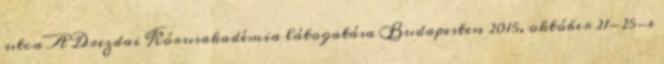
utca A Drezdai Kórusakadémia látogatása Budapesten 2015. október 21-25-e